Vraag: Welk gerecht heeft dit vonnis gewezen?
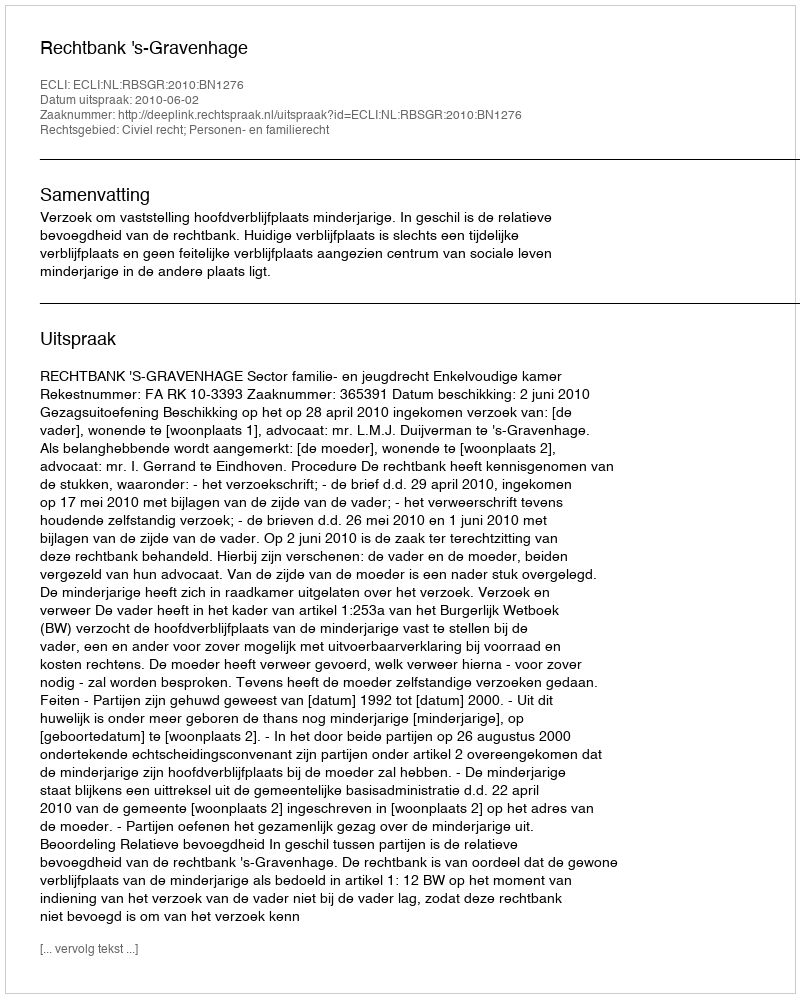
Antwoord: Rechtbank 's-Gravenhage